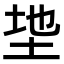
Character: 𫭩